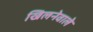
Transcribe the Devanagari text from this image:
खिलनेवाले